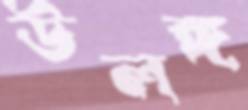
উলঙ্গ